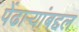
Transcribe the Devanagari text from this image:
पेंढाऱ्यांबद्दल